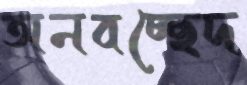
অনবচ্ছেদ